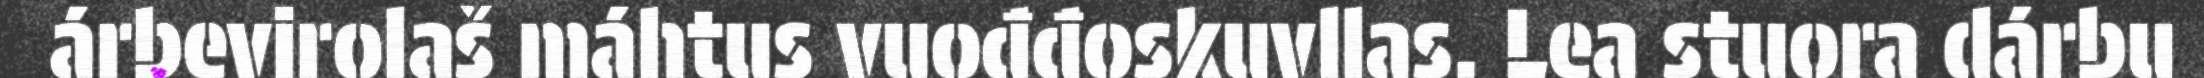
árbevirolaš máhtus vuođđoskuvllas. Lea stuora dárbu